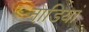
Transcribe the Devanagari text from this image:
नाडि़यां